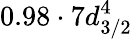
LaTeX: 0.98\cdot 7d_{3/2}^{4}